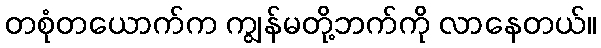
တစုံတယောက်က ကျွန်မတို့ဘက်ကို လာနေတယ်။